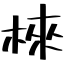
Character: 棶